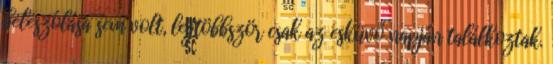
beleszólása sem volt, legtöbbször csak az esküvő napján találkoztak.